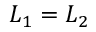
L _ { 1 } = L _ { 2 }